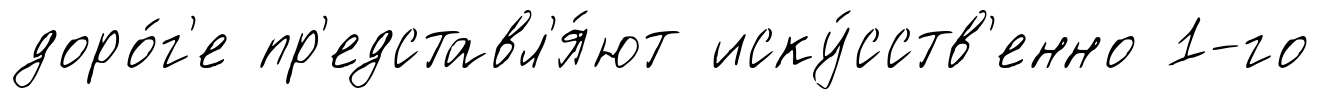
доро́г'е пр'едставл'я́ют иску́сств'енно 1-го